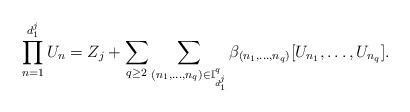
LaTeX: \begin{align*} \prod_{n=1}^{d_1^j}U_n=Z_j+\sum_{q\geq2}\sum_{(n_1,\dots,n_q)\in \mathbb{I}_{d_1^j}^q}\beta_{(n_1,\dots,n_q)}[U_{n_1},\dots,U_{n_q}].\end{align*}